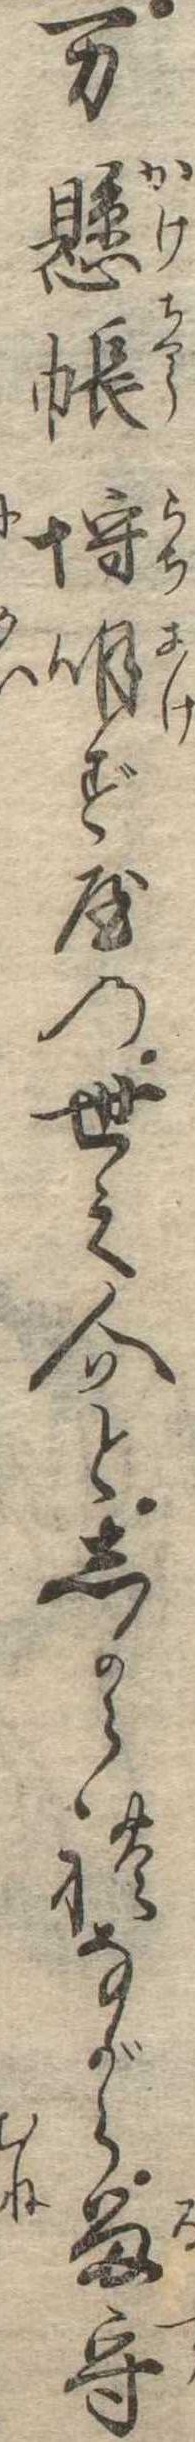
万懸帳埒明ず屋の世之介としかられながら留守